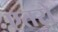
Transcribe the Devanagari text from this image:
एतरो